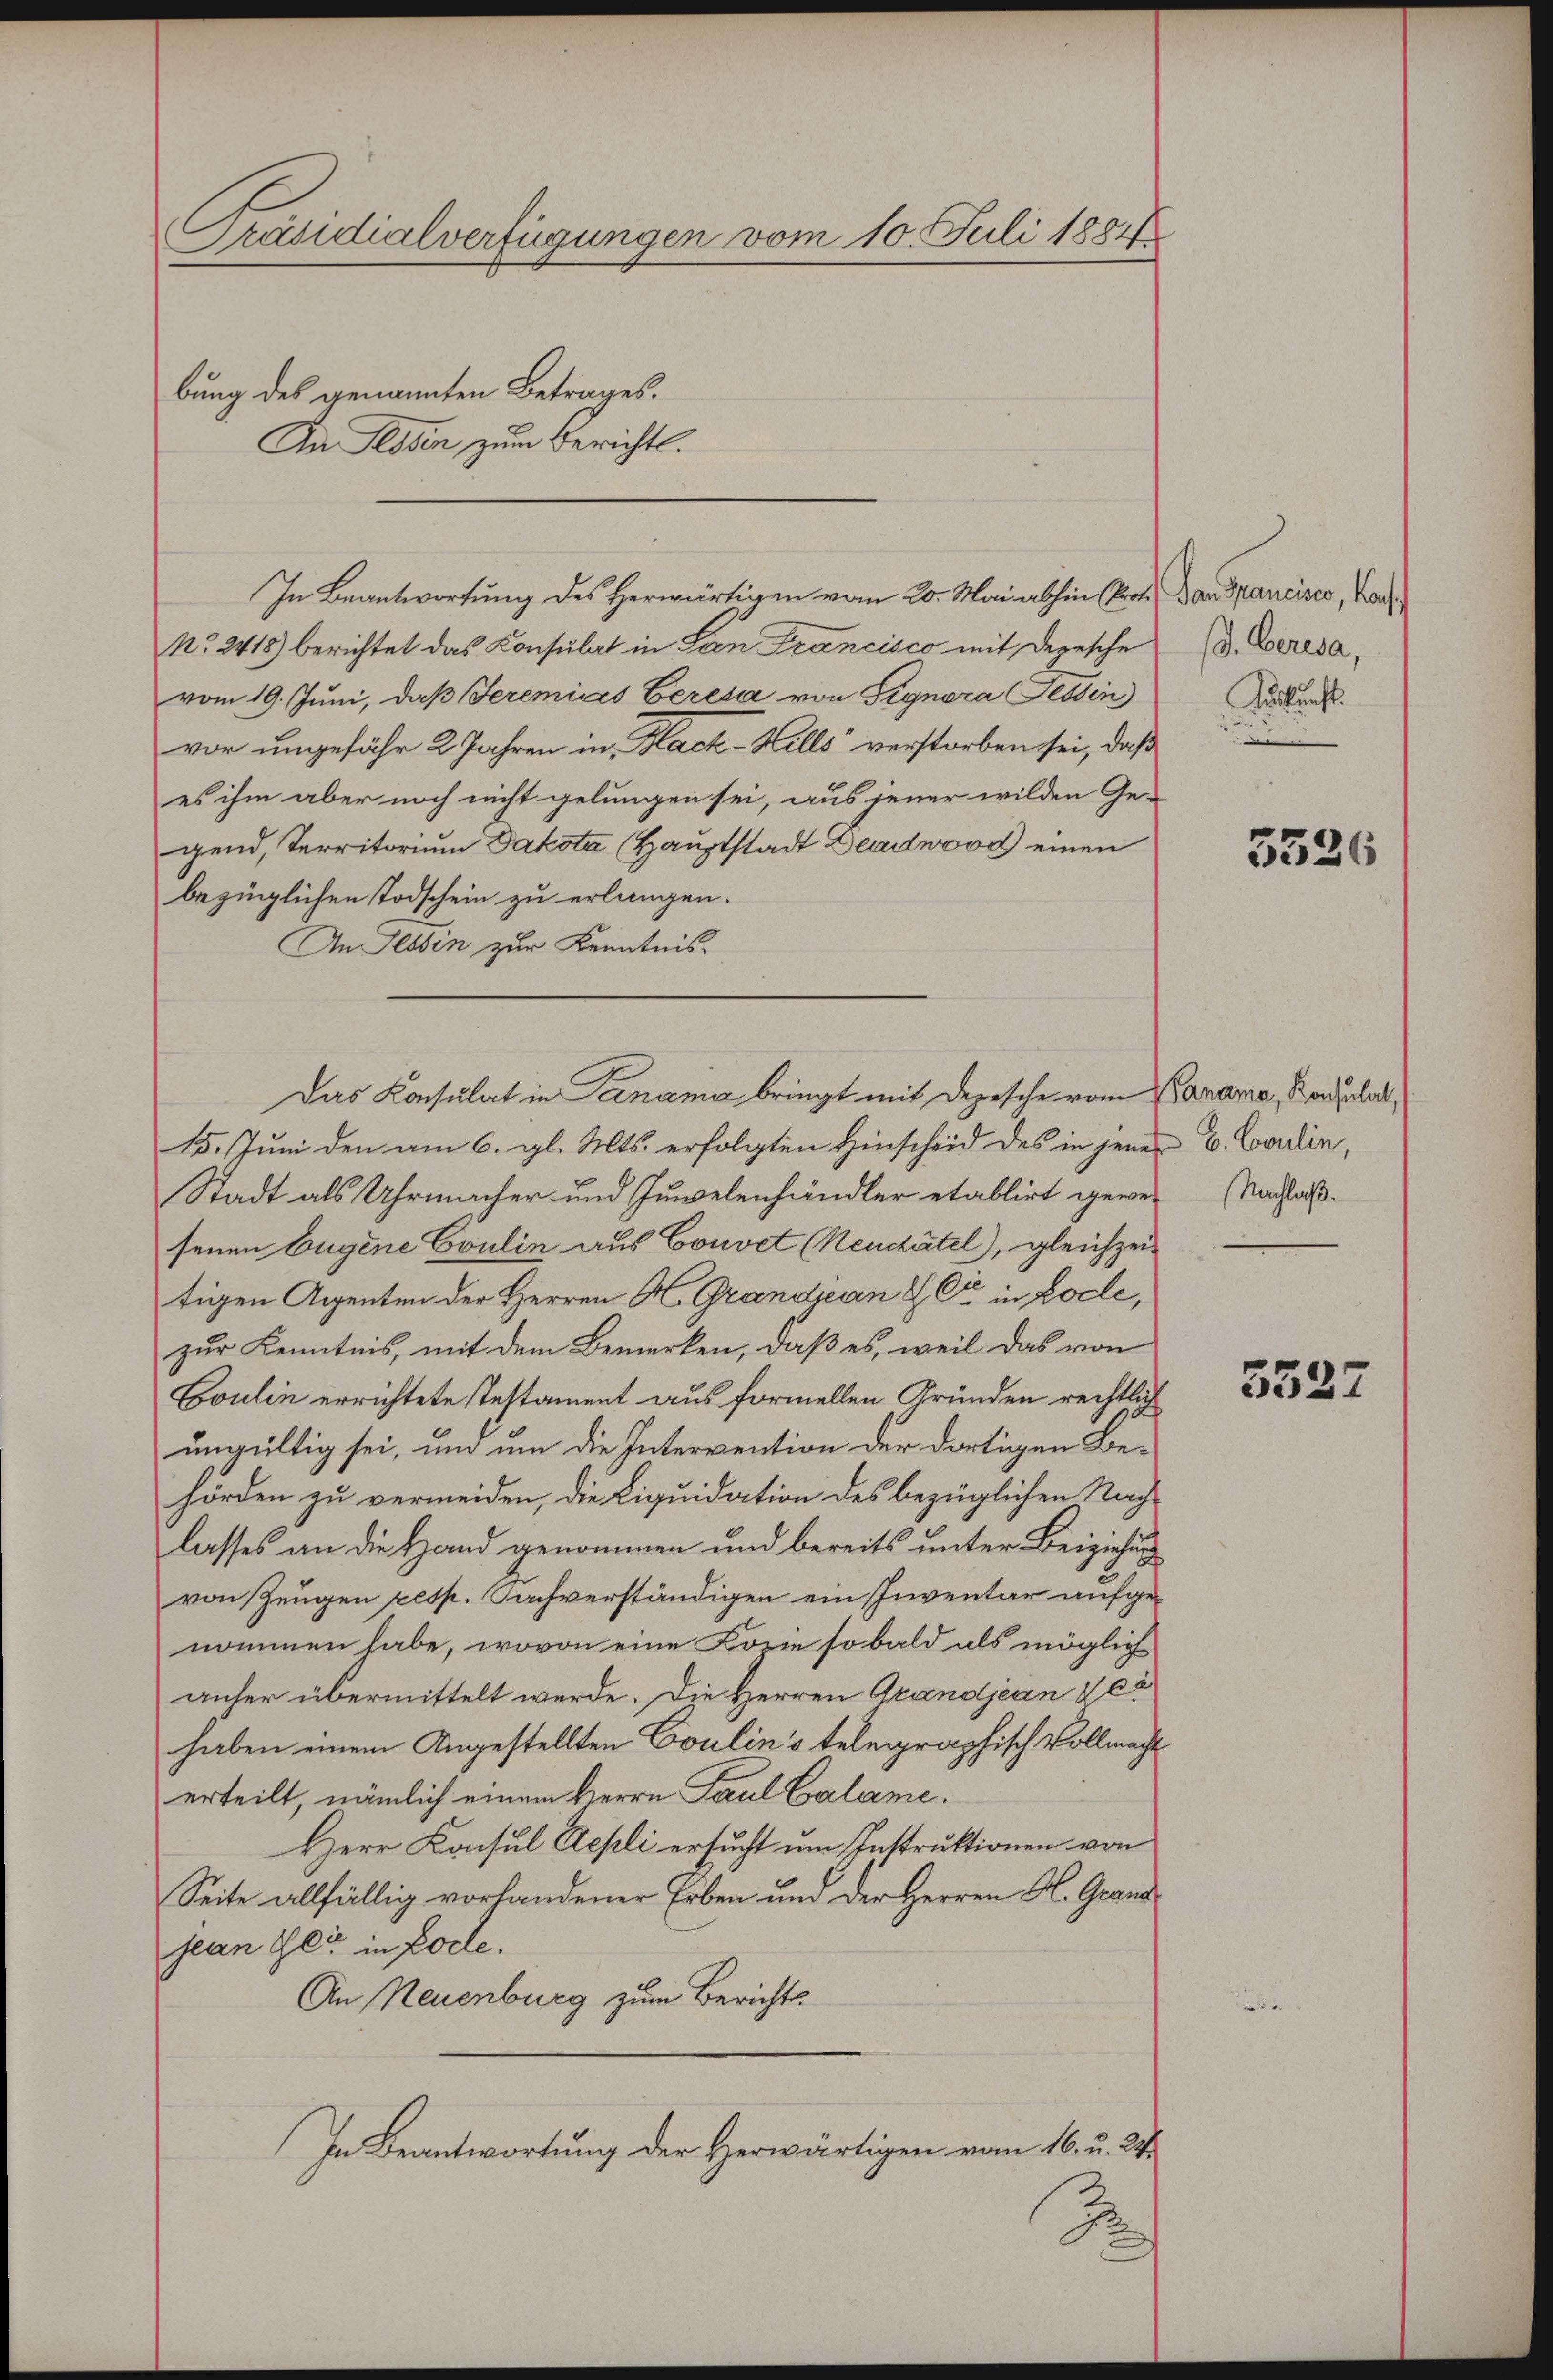
Präsidialverfügungen vom 10. Juli 1881/
bung des genannten Betrages.
An Tessin zum Bericht.

In Beantwortung des Herwärtigen vom 20. Mai abhin (Prof. Danspancisco, Van
No. 2418) berichtet das Consulat in San Francisco mit Depesche
vom 19. Juni, daβ Jeremicas Ceresa von Signora Tessin
vor ungefähr 2 Jahren in Black-Hells“ verstorben sei, daß
es ihm aber noch nicht gelungen sei, aus jener wilden Ge-
gend, Territorium Dakota (Hauptstadt Deadwood einen
bezüglichen Todschein zu erlangen.
An Tessin zur Kenntnis-
15. Juni den am 6. gl. Mts. erfolgten Hinscheid des in jener B. Corden,
Stadt als Uhrmacher und Juwelenhändler etablirt gewes Nachlaßsenen Eugene Coulin aus Convet (Neuchâtel), gleichzeitigen Agenten der Herren H. Grandjean & Cie in Lode,
zur Kenntnis, mit dem Bemerken, daß es, weil das von
Coulin errichtete Testament aus formellen Gründen rechtlich
ungültig sei, um um die Intervention der dortigen Behörden zu vermeiden, die Liquidation des bezüglichen Nachlasses an die Hand genommen und bereits unter Beiziehung
von Zeugen resp. Sachverständigen ein Inventar aufgenommen habe, wovon eine Lorie so bald als möglich
anher übermittelt werde. Die Herren Grandjean & ca
haben einem Angestellten Coulin's telegraphisch vollmacht
erteilt, nämlich einem Herrn Paul Calame.
Herr Konsul Aepli ersucht um Instruktionen von
Seite allfällig vorhandener Erben und der Herren Al. Grand
jean Gli in Folle.
An Neuenburg zum Berichts
In Beantwortung der Herwärtigen vom 16. u. 24.
3

Das Konsulat in Panama bringt mit Depesche vom Carama, Kondular¬

/d. Ceresa,
Auskunft.

3526

3527